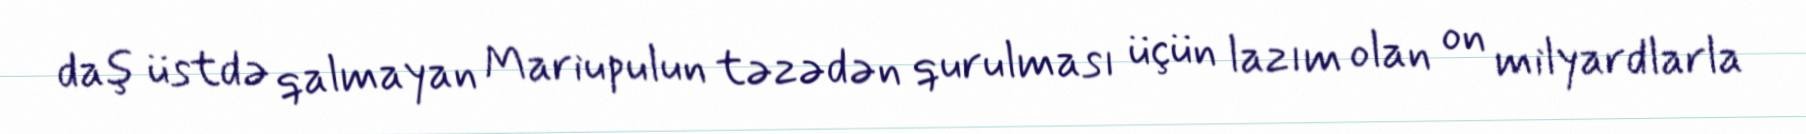
daş üstdə qalmayan Mariupulun təzədən qurulması üçün lazım olan on milyardlarla